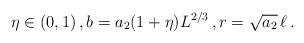
LaTeX: \begin{align*}\eta\in(0,1)\,,b=a_2(1+\eta)L^{2/3}\,,r=\sqrt{a_2}\,\ell\,.\end{align*}